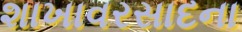
શાખાવરસાદના